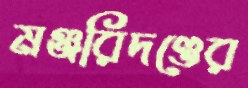
মঞ্জরিদণ্ডের